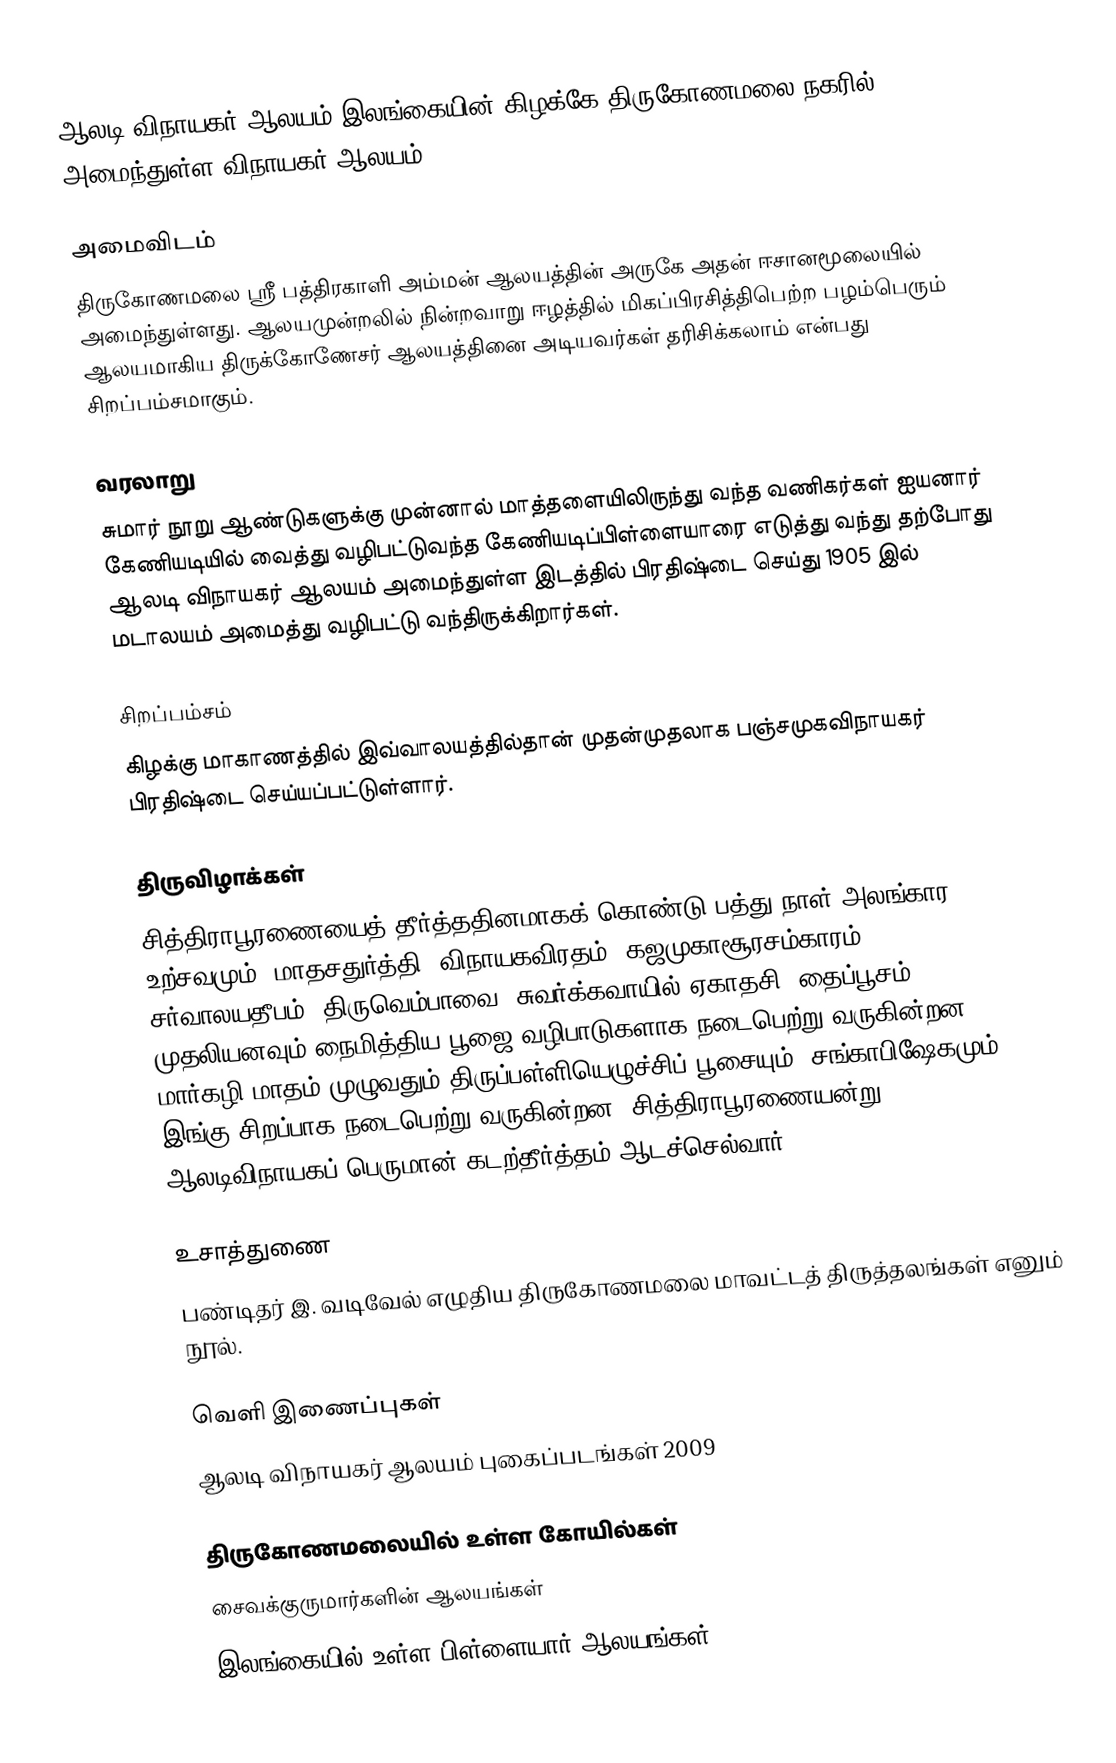
ஆலடி விநாயகர் ஆலயம் இலங்கையின் கிழக்கே திருகோணமலை நகரில் அமைந்துள்ள விநாயகர் ஆலயம்.

அமைவிடம்
திருகோணமலை ஸ்ரீ பத்திரகாளி அம்மன் ஆலயத்தின் அருகே அதன் ஈசானமூலையில் அமைந்துள்ளது. ஆலயமுன்றலில் நின்றவாறு ஈழத்தில் மிகப்பிரசித்திபெற்ற பழம்பெரும் ஆலயமாகிய திருக்கோணேசர் ஆலயத்தினை அடியவர்கள் தரிசிக்கலாம் என்பது சிறப்பம்சமாகும்.

வரலாறு
சுமார் நூறு ஆண்டுகளுக்கு முன்னால் மாத்தளையிலிருந்து வந்த வணிகர்கள் ஐயனார் கேணியடியில் வைத்து வழிபட்டுவந்த கேணியடிப்பிள்ளையாரை எடுத்து வந்து தற்போது ஆலடி விநாயகர் ஆலயம் அமைந்துள்ள இடத்தில் பிரதிஷ்டை செய்து 1905 இல் மடாலயம் அமைத்து வழிபட்டு வந்திருக்கிறார்கள்.

சிறப்பம்சம்
கிழக்கு மாகாணத்தில் இவ்வாலயத்தில்தான் முதன்முதலாக பஞ்சமுகவிநாயகர் பிரதிஷ்டை செய்யப்பட்டுள்ளார்.

திருவிழாக்கள்
சித்திராபூரணையைத் தீர்த்ததினமாகக் கொண்டு பத்து நாள் அலங்கார உற்சவமும், மாதசதுர்த்தி, விநாயகவிரதம், கஜமுகாசூரசம்காரம், சர்வாலயதீபம், திருவெம்பாவை, சுவர்க்கவாயில் ஏகாதசி, தைப்பூசம் முதலியனவும் நைமித்திய பூஜை வழிபாடுகளாக நடைபெற்று வருகின்றன. மார்கழி மாதம் முழுவதும் திருப்பள்ளியெழுச்சிப் பூசையும், சங்காபிஷேகமும் இங்கு சிறப்பாக நடைபெற்று வருகின்றன. சித்திராபூரணையன்று ஆலடிவிநாயகப் பெருமான் கடற்தீர்த்தம் ஆடச்செல்வார்.

உசாத்துணை
பண்டிதர் இ. வடிவேல் எழுதிய திருகோணமலை மாவட்டத் திருத்தலங்கள் எனும் நூல்.

வெளி இணைப்புகள்
 ஆலடி விநாயகர் ஆலயம்  புகைப்படங்கள் 2009

திருகோணமலையில் உள்ள கோயில்கள்
சைவக்குருமார்களின் ஆலயங்கள்
இலங்கையில் உள்ள பிள்ளையார் ஆலயங்கள்